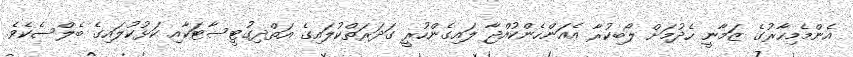
އެންމެމިހާރުގެ ޒަމާނީ ހެދުމަށް ލޯބިކުރާ އެއަންހެންކުއްޖާ ލައިގެންހުރީ ގަދަރަތްކުލައިގެ އަތްދިގުޓީސާޓަކާއި ކަޅުކުލައިގެ ބެލްސެކެވެ.